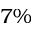
7 \%